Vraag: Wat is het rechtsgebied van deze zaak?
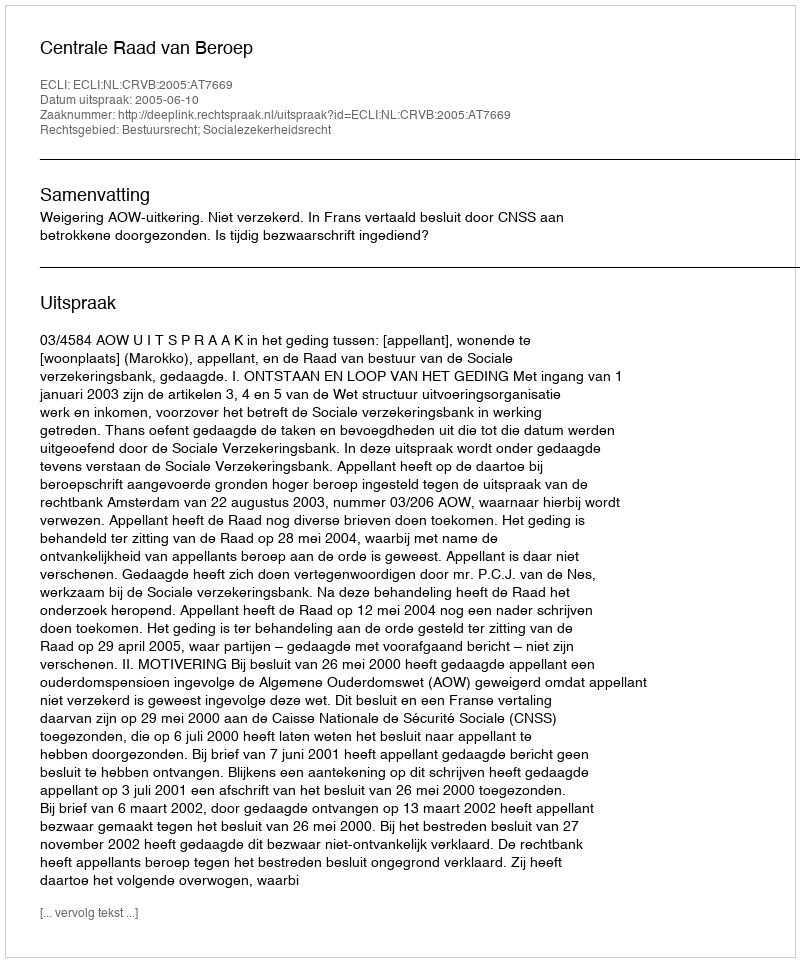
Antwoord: Bestuursrecht; Socialezekerheidsrecht